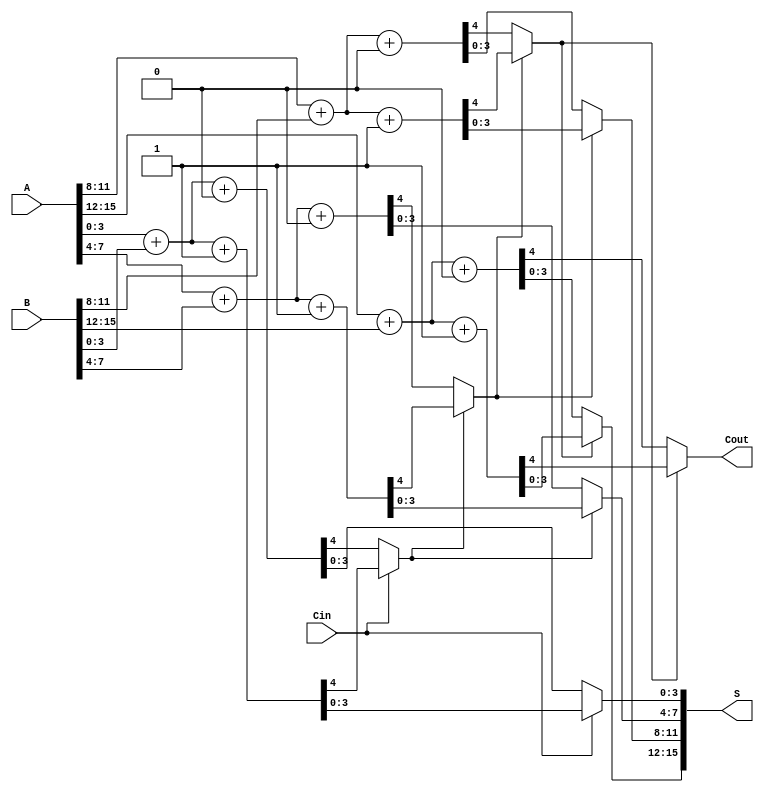
module CCSA #(parameter N = 16, parameter M = 4) (
    input [N-1:0] A,
    input [N-1:0] B,
    input Cin,
    output [N-1:0] S,
    output Cout
);
    
    localparam GROUPS = N / M; // Number of groups
    wire [M-1:0] sum0 [0:GROUPS-1]; // Sums when carry is 0
    wire [M-1:0] sum1 [0:GROUPS-1]; // Sums when carry is 1
    wire [GROUPS-1:0] carry0; // Carries when carry is 0
    wire [GROUPS-1:0] carry1; // Carries when carry is 1
    wire [GROUPS-1:0] carry_out; // Final carry outputs for each group

    // Generate sums and carry for each group
    genvar i;
    generate
        for (i = 0; i < GROUPS; i = i + 1) begin: group
            // Calculate sum and carry when carry in is 0
            assign {carry0[i], sum0[i]} = A[i*M +: M] + B[i*M +: M] + 1'b0;
            // Calculate sum and carry when carry in is 1
            assign {carry1[i], sum1[i]} = A[i*M +: M] + B[i*M +: M] + 1'b1;
        end
    endgenerate

    // Carry selection logic
    wire [GROUPS-1:0] selected_carry;
    wire [GROUPS-1:0] selected_sum [0:GROUPS-1];

    assign selected_carry[0] = Cin ? carry1[0] : carry0[0];
    assign S[0*M +: M] = Cin ? sum1[0] : sum0[0];

    generate
        for (i = 1; i < GROUPS; i = i + 1) begin: carry_selection
            assign selected_carry[i] = (selected_carry[i-1] ? carry1[i] : carry0[i]);
            assign S[i*M +: M] = (selected_carry[i-1] ? sum1[i] : sum0[i]);
        end
    endgenerate

    // Final carry output
    assign Cout = selected_carry[GROUPS-1];

endmodule